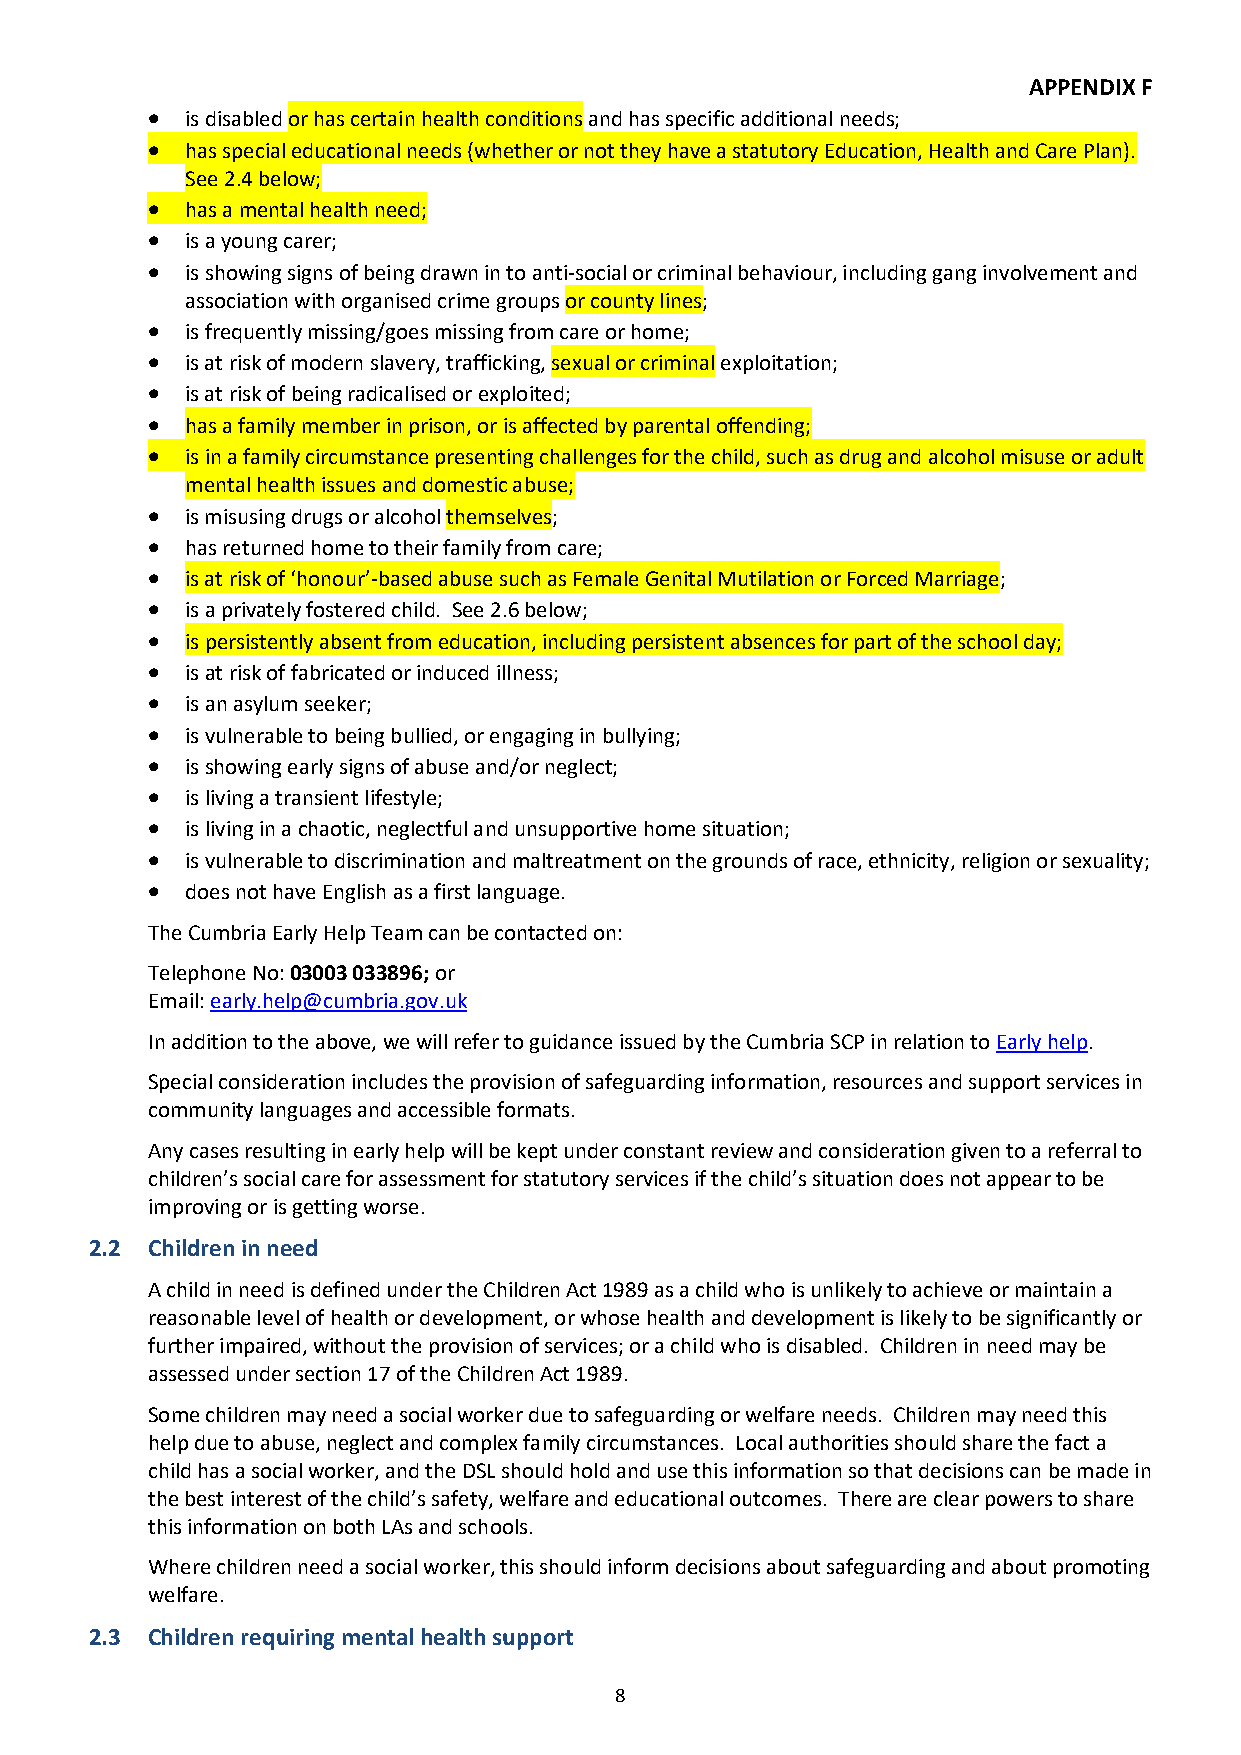
APPENDIX F
 • is disabled or has certain health conditions and has specific additional needs;
 • has special educational needs (whether or not they have a statutory Education, Health and Care Plan).
 See 2.4 below;
 • has a mental health need;
 • is a young carer;
 • is showing signs of being drawn in to anti-social or criminal behaviour, including gang involvement and
 association with organised crime groups or county lines;
 • is frequently missing/goes missing from care or home;
 • is at risk of modern slavery, trafficking, sexual or criminal exploitation;
 • is at risk of being radicalised or exploited;
 • has a family member in prison, or is affected by parental offending;
 • is in a family circumstance presenting challenges for the child, such as drug and alcohol misuse or adult
 mental health issues and domestic abuse;
 • is misusing drugs or alcohol themselves;
 • has returned home to their family from care;
 • is at risk of ‘honour’-based abuse such as Female Genital Mutilation or Forced Marriage;
 • is a privately fostered child. See 2.6 below;
 • is persistently absent from education, including persistent absences for part of the school day;
 • is at risk of fabricated or induced illness;
 • is an asylum seeker;
 • is vulnerable to being bullied, or engaging in bullying;
 • is showing early signs of abuse and/or neglect;
 • is living a transient lifestyle;
 • is living in a chaotic, neglectful and unsupportive home situation;
 • is vulnerable to discrimination and maltreatment on the grounds of race, ethnicity, religion or sexuality;
 • does not have English as a first language.
 The Cumbria Early Help Team can be contacted on:
 Telephone No: 03003 033896; or
 Email: early.help@cumbria.gov.uk
 In addition to the above, we will refer to guidance issued by the Cumbria SCP in relation to Early help.
 Special consideration includes the provision of safeguarding information, resources and support services in
 community languages and accessible formats.
 Any cases resulting in early help will be kept under constant review and consideration given to a referral to
 children’s social care for assessment for statutory services if the child’s situation does not appear to be
 improving or is getting worse.
 2.2 Children in need
 A child in need is defined under the Children Act 1989 as a child who is unlikely to achieve or maintain a
 reasonable level of health or development, or whose health and development is likely to be significantly or
 further impaired, without the provision of services; or a child who is disabled. Children in need may be
 assessed under section 17 of the Children Act 1989.
 Some children may need a social worker due to safeguarding or welfare needs. Children may need this
 help due to abuse, neglect and complex family circumstances. Local authorities should share the fact a
 child has a social worker, and the DSL should hold and use this information so that decisions can be made in
 the best interest of the child’s safety, welfare and educational outcomes. There are clear powers to share
 this information on both LAs and schools.
 Where children need a social worker, this should inform decisions about safeguarding and about promoting
 welfare.
 2.3 Children requiring mental health support
 8